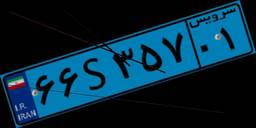
۶۶S۵۰۲۸۶